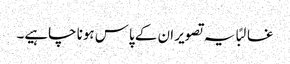
غالبًا یہ تصویر ان کے پاس ہونا چاہیے۔